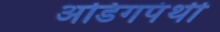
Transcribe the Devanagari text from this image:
अडिगपंथी